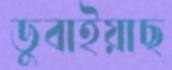
ডুবাইয়াছ